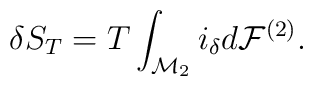
\delta S_T= T\int_{{\cal M}_{2}}i_\delta d {\cal F}^{(2)}.